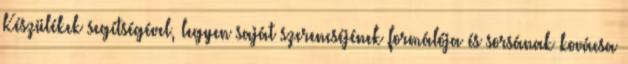
Készülékek segítségével, legyen saját szerencséjének formálója és sorsának kovácsa